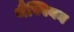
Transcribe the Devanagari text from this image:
थैस्पियन